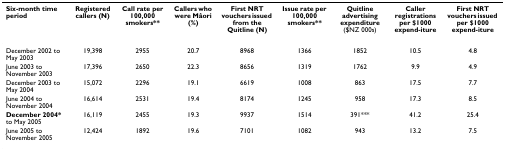
<table><thead><tr><td><b>Six-month time period</b></td><td><b>Registered callers (N)</b></td><td><b>Call rate per 100,000 smokers**</b></td><td><b>Callers who were Mâori (%)</b></td><td><b>First NRT vouchers issued from the Quitline (N)</b></td><td><b>Issue rate per 100,000 smokers**</b></td><td><b>Quitline advertising expenditure ($NZ 000s)</b></td><td><b>Caller registrations per $1000 expend-iture</b></td><td><b>First NRT vouchers issued per $1000 expend-iture</b></td></tr></thead><tbody><tr><td>December 2002 to May 2003</td><td>19,398</td><td>2955</td><td>20.7</td><td>8968</td><td>1366</td><td>1852</td><td>10.5</td><td>4.8</td></tr><tr><td>June 2003 to November 2003</td><td>17,396</td><td>2650</td><td>22.3</td><td>8656</td><td>1319</td><td>1762</td><td>9.9</td><td>4.9</td></tr><tr><td>December 2003 to May 2004</td><td>15,072</td><td>2296</td><td>19.1</td><td>6619</td><td>1008</td><td>863</td><td>17.5</td><td>7.7</td></tr><tr><td>June 2004 to November 2004</td><td>16,614</td><td>2531</td><td>19.4</td><td>8174</td><td>1245</td><td>958</td><td>17.3</td><td>8.5</td></tr><tr><td><b>December 2004* </b>to May 2005</td><td>16,119</td><td>2455</td><td>19.3</td><td>9937</td><td>1514</td><td>391***</td><td>41.2</td><td>25.4</td></tr><tr><td>June 2005 to November 2005</td><td>12,424</td><td>1892</td><td>19.6</td><td>7101</td><td>1082</td><td>943</td><td>13.2</td><td>7.5</td></tr></tbody></table>